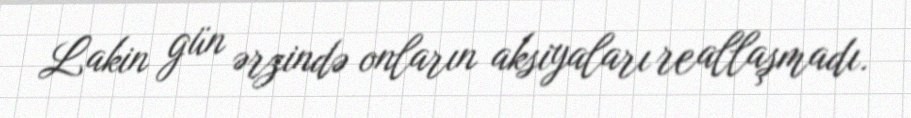
Lakin gün ərzində onların aksiyaları reallaşmadı.